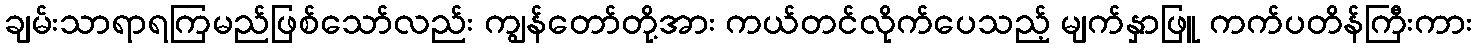
ချမ်းသာရာရကြမည်ဖြစ်သော်လည်း ကျွန်တော်တို့အား ကယ်တင်လိုက်ပေသည့် မျက်နှာဖြူ ကက်ပတိန်ကြီးကား